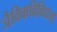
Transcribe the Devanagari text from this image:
जैविकविविधता